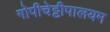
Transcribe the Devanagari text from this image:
गोपीचेट्टीपालयम